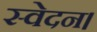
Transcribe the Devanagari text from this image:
स्वेदन।